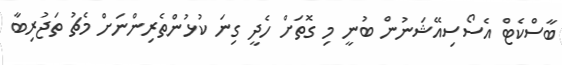
ބާސްކެޓް އެސޯސިއޭޝަނުން ބުނީ މި ގޮތަށް ހެދީ ގިނަ ކުޅުންތެރިންނަށް މެޗު ތަޖުރިބާ